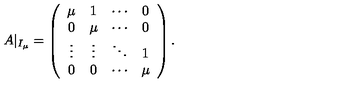
A | _ { I _ { \mu } } = \left( \begin{array} { c c c c } { \mu } & { 1 } & { \cdots } & { 0 } \\ { 0 } & { \mu } & { \cdots } & { 0 } \\ { \vdots } & { \vdots } & { \ddots } & { 1 } \\ { 0 } & { 0 } & { \cdots } & { \mu } \\ \end{array} \right) .